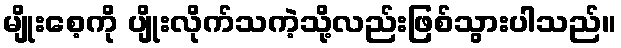
မျိုးစေ့ကို ပျိုးလိုက်သကဲ့သို့လည်းဖြစ်သွားပါသည်။